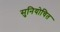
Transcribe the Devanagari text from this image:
सुनियोचित